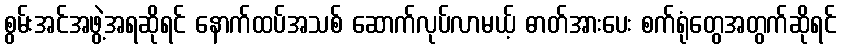
စွမ်းအင်အဖွဲ့အရဆိုရင် နောက်ထပ်အသစ် ဆောက်လုပ်လာမယ့် ဓာတ်အားပေး စက်ရုံတွေအတွက်ဆိုရင်